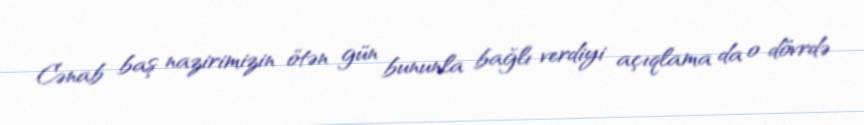
Cənab baş nazirimizin ötən gün bununla bağlı verdiyi açıqlama da o dövrdə